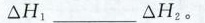
△H_{1} ___ △H_{2}。